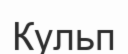
Кульп